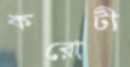
করোটী